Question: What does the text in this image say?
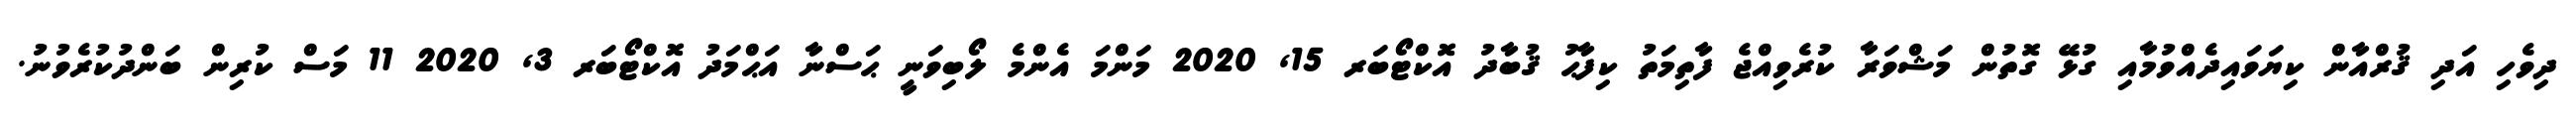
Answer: ދިވެހި އަދި ޤުރްއާން ކިޔަވައިދެއްވުމާއި ގުޅޭ ގޮތުން މަޝްވަރާ ކުރެވިއްޖެ ފާތިމަތު ކިފާޙު ޤުބާދު އޮކްޓޯބަރ 15, 2020 މަންމަ އެންމެ ލޯބިވަނީ ޙަސްނާ އަޙްމަދު އޮކްޓޯބަރ 3, 2020 11 މަސް ކުރިން ބަންދުކުރެވުނު.